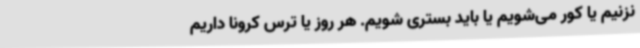
نزنیم یا کور می‌شویم یا باید بستری شویم. هر روز یا ترس کرونا داریم